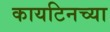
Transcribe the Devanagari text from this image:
कायटिनच्या